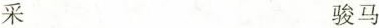
采 骏马